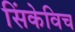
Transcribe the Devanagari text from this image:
सिंकेविच